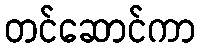
တင်ဆောင်ကာ